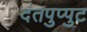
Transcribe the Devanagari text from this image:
दंतपुप्पुट